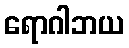
ရောဂါဘယ